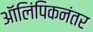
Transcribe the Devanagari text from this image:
ऑलिंपिकनंतर